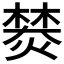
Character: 𤍾